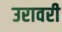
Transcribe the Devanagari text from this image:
उरावरी